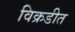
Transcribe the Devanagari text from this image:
विक्रडीत